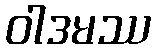
ဝါဒမဿ